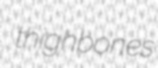
thighbones